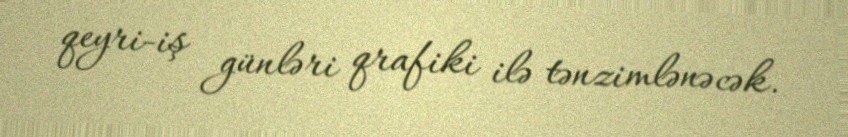
qeyri-iş günləri qrafiki ilə tənzimlənəcək.